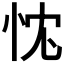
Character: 𢘚